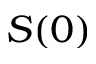
S ( 0 )